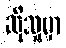
ဆိုသူမှာ